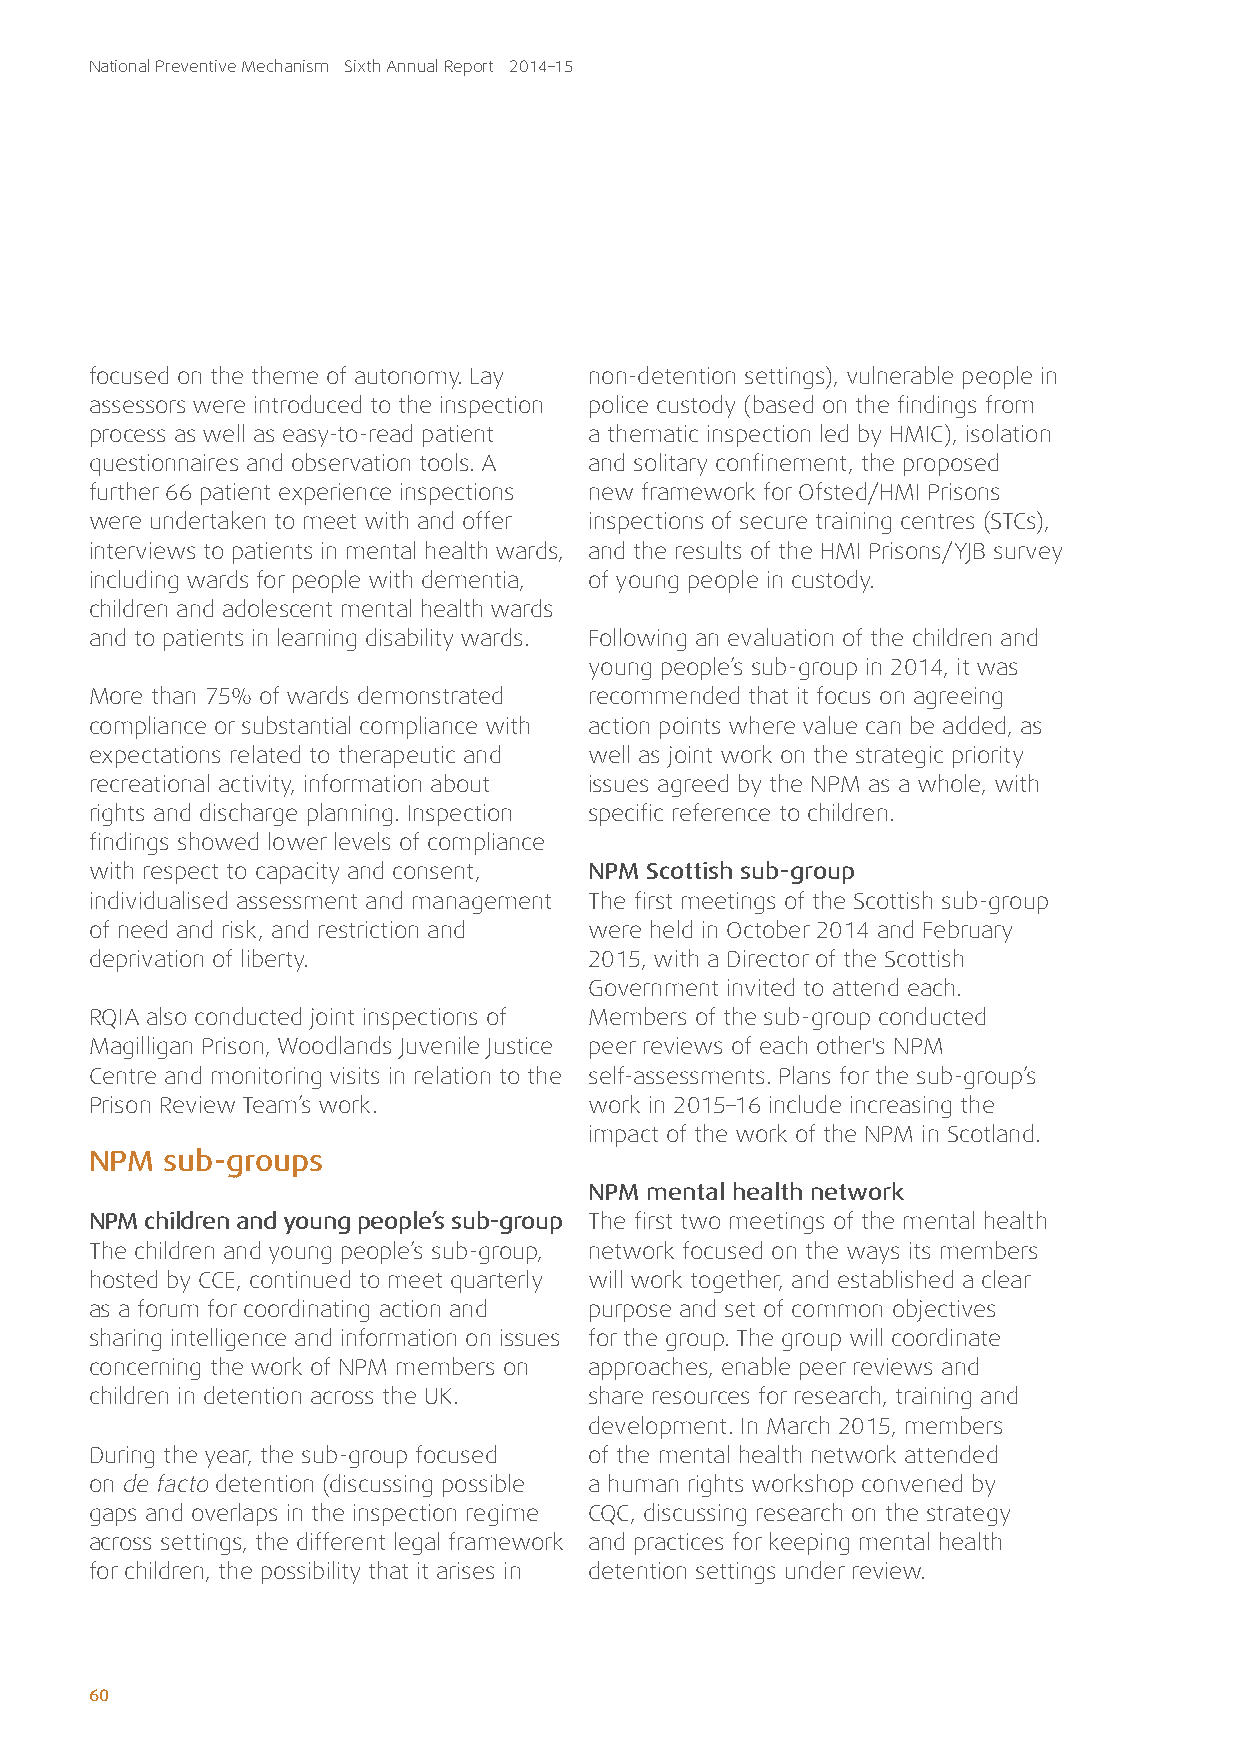
National Preventive Mechanism Sixth Annual Report 2014–15
 focused on the theme of autonomy. Lay non-detention settings), vulnerable people in
 assessors were introduced to the inspection police custody (based on the findings from
 process as well as easy-to-read patient a thematic inspection led by HMIC), isolation
 questionnaires and observation tools. A and solitary confinement, the proposed
 further 66 patient experience inspections new framework for Ofsted/HMI Prisons
 were undertaken to meet with and offer inspections of secure training centres (STCs),
 interviews to patients in mental health wards, and the results of the HMI Prisons/YJB survey
 including wards for people with dementia, of young people in custody.
 children and adolescent mental health wards
 and to patients in learning disability wards. Following an evaluation of the children and
 young people’s sub-group in 2014, it was
 More than 75% of wards demonstrated recommended that it focus on agreeing
 compliance or substantial compliance with action points where value can be added, as
 expectations related to therapeutic and well as joint work on the strategic priority
 recreational activity, information about issues agreed by the NPM as a whole, with
 rights and discharge planning. Inspection specific reference to children.
 findings showed lower levels of compliance
 with respect to capacity and consent, NPM Scottish sub-group
 individualised assessment and management The first meetings of the Scottish sub-group
 of need and risk, and restriction and were held in October 2014 and February
 deprivation of liberty.          2015, with a Director of the Scottish
 Government invited to attend each.
 RQIA also conducted joint inspections of Members of the sub-group conducted
 Magilligan Prison, Woodlands Juvenile Justice peer reviews of each other's NPM
 Centre and monitoring visits in relation to the self-assessments. Plans for the sub-group’s
 Prison Review Team’s work.       work in 2015–16 include increasing the
 impact of the work of the NPM in Scotland.
 NPM  sub-groups
 NPM mental health network
 NPM children and young people’s sub-group The first two meetings of the mental health
 The children and young people’s sub-group, network focused on the ways its members
 hosted by CCE, continued to meet quarterly will work together, and established a clear
 as a forum for coordinating action and purpose and set of common objectives
 sharing intelligence and information on issues for the group. The group will coordinate
 concerning the work of NPM members on approaches, enable peer reviews and
 children in detention across the UK. share resources for research, training and
 development. In March 2015, members
 During the year, the sub-group focused of the mental health network attended
 on de facto detention (discussing possible a human rights workshop convened by
 gaps and overlaps in the inspection regime CQC, discussing research on the strategy
 across settings, the different legal framework and practices for keeping mental health
 for children, the possibility that it arises in detention settings under review.
 60